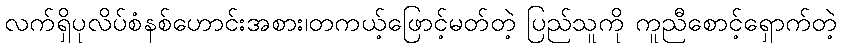
လက်ရှိပုလိပ်စံနစ်ဟောင်းအစား၊တကယ့်ဖြောင့်မတ်တဲ့ ပြည်သူကို ကူညီစောင့်ရှောက်တဲ့